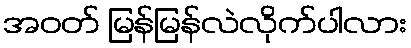
အဝတ် မြန်မြန်လဲလိုက်ပါလား